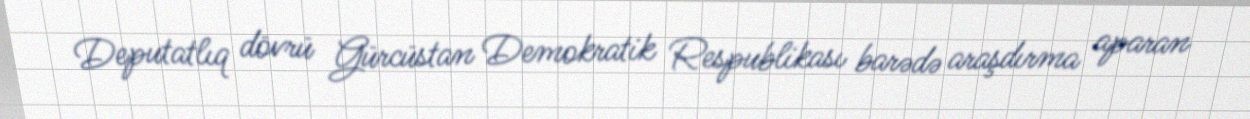
Deputatlıq dövrü Gürcüstan Demokratik Respublikası barədə araşdırma aparan